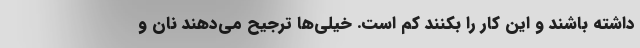
داشته باشند و این کار را بکنند کم است. خیلی‌ها ترجیح می‌دهند نان و